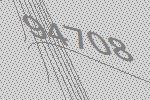
94708